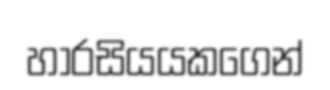
හාරසියයකගෙන්